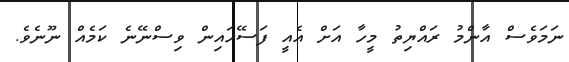
ނަމަވެސް އާންމު ރައްޔިތު މީހާ އަށް އެއީ ފަސޭހައިން ވިސްނޭނެ ކަމެއް ނޫނެވެ.